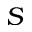
S